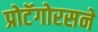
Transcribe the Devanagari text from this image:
प्रोटॅगोरसने